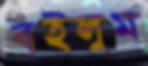
বইলুম